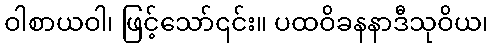
ဝါစာယဝါ၊ ဖြင့်သော်၎င်း။ ပထဝိခနနာဒီသုဝိယ၊